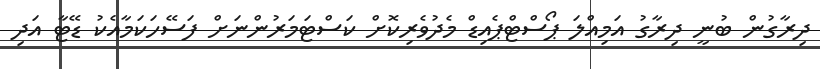
ދިރާގުން ބުނީ ދިރާގު އަމިއްލަ ޕޯސްޓްޕެއިޑް މެދުވެރިކޮށް ކަސްޓަމަރުންނަށް ފަސޭހަކަމާއެކު ޑޭޓާ އަދި